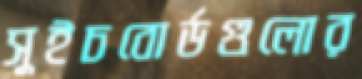
সুইচবোর্ডগুলোর